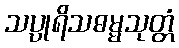
သပ္ပုရိသဓမ္မသုတ္တံ